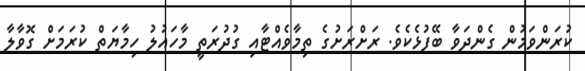
ކުރަންވަމުން ގެންދަވާ ބޭފުޅެކެވެ. ރަށްރަށުގެ ތިމާވެއްޓާއި ގުދުރަތީ މާހައުލު ހިމާޔަތް ކުރަމަށް ގޮވާލާ